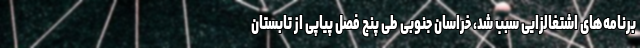
برنامه‌های اشتغالزایی سبب شد، خراسان جنوبی طی پنج فصل پیاپی از تابستان